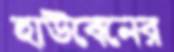
হাউবেনের